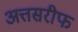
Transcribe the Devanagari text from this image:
अत्तसरीफ